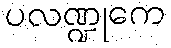
ပလဏ္ဍုကေ